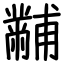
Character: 黼